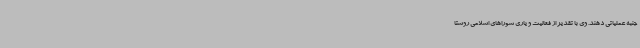
جنبه عملیاتی دهند. وی با تقدیر از فعالیت و یاری شوراهای اسلامی روستا